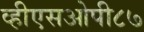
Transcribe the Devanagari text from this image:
व्हीएसओपी८७